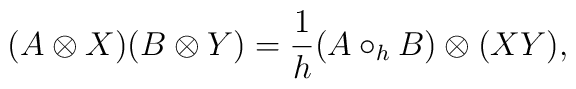
(A \otimes X) (B \otimes  Y) = \frac {1}{h}(A\circ_h B)\otimes (X Y),